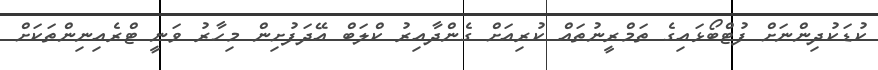
ކުޑަކުދިންނަށް ފުޓްބޯޅައިގެ ތަމްރީނުތައް ކުރިއަށް ގެންދާއިރު ކްލަބް އޭދަފުށިން މިހާރު ވަނީ ޓްރެއިނިންތަކަށް